Document type: Grant
Year: 1232
Scribe: Berenguer de Clos
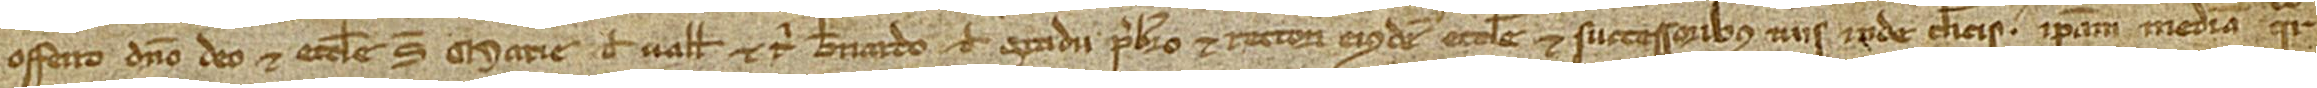
offerro Domino Deo et ecclesie Sancte Marie de Valle et tibi Bernardo de Gradu, presbitero et rectori eiusdem ecclesie, et successoribus tuis inde clericis ipsam mediam quarteram